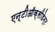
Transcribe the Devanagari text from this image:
एन्टीऑक्सीडेन्ट